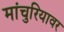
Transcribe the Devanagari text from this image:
मांचुरियावर